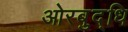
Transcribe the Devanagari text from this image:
ओरबुद्धि